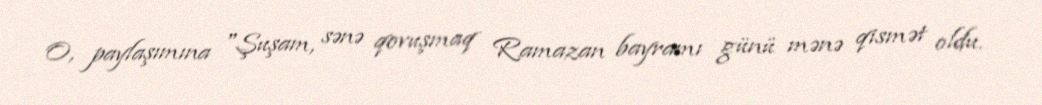
O, paylaşımına "Şuşam, sənə qovuşmaq Ramazan bayramı günü mənə qismət oldu.